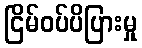
ငြိမ်ဝပ်ပိပြားမှု